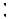
: